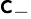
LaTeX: \mathsf{c}_{-}